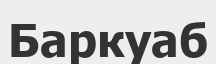
Баркуаб